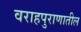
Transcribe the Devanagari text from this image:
वराहपुराणातील